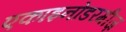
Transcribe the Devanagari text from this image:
एकाइनोडरमीज़